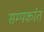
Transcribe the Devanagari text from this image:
सम्पर्कात